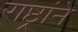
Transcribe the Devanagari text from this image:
राष्ट्रांने